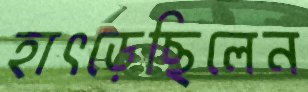
হাৎড়েছিলেন